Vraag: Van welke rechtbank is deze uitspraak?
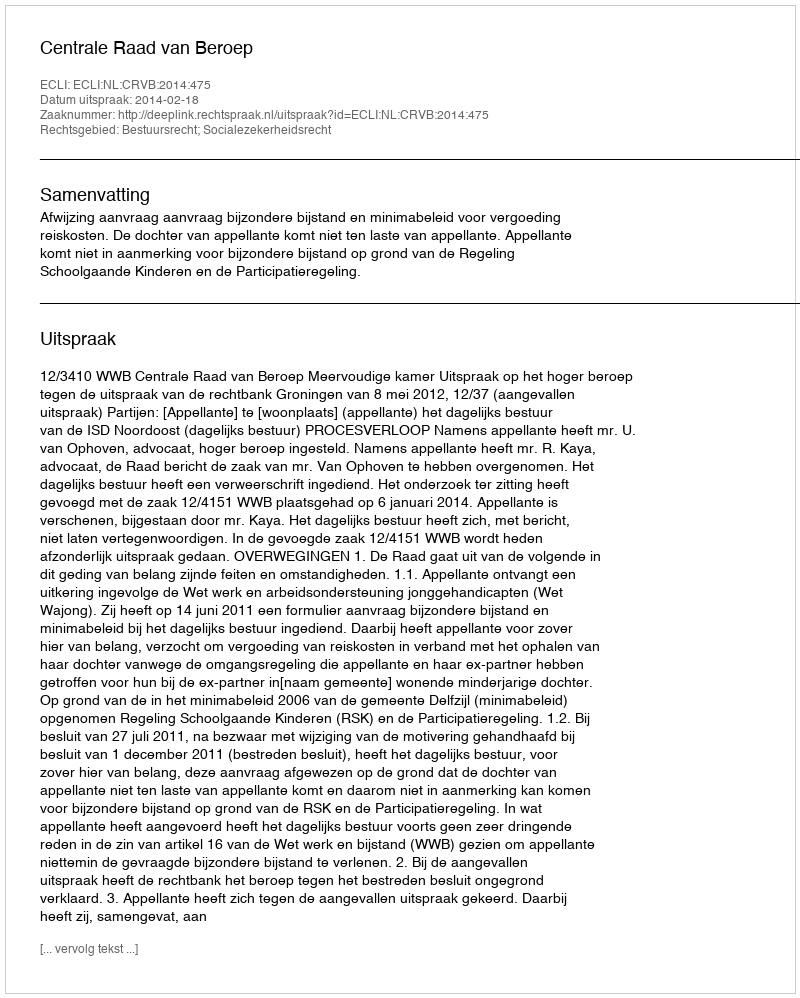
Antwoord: Centrale Raad van Beroep